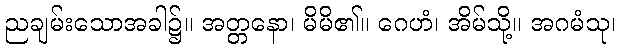
ညချမ်းသောအခါ၌။ အတ္တနော၊ မိမိ၏။ ဂေဟံ၊ အိမ်သို့။ အဂမံသု၊